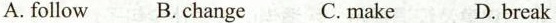
A. follow B.change C. make D. break